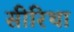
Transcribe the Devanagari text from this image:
सीरिथा